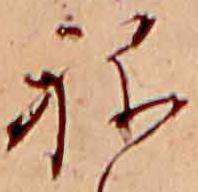
ね